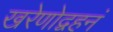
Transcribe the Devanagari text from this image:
खरेणोद्वहनं